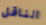
الناقل